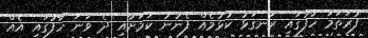
ފުރަތަމަ ހާފުގައި ރަނގަޅު ކުޅުމެއް ފެނުނު ކަމަށާއި ދެ ވަނަ ހާފުގައި އެއް